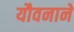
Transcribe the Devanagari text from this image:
यौवनाने